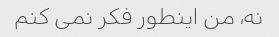
نه، من اینطور فکر نمی کنم